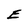
Character: E